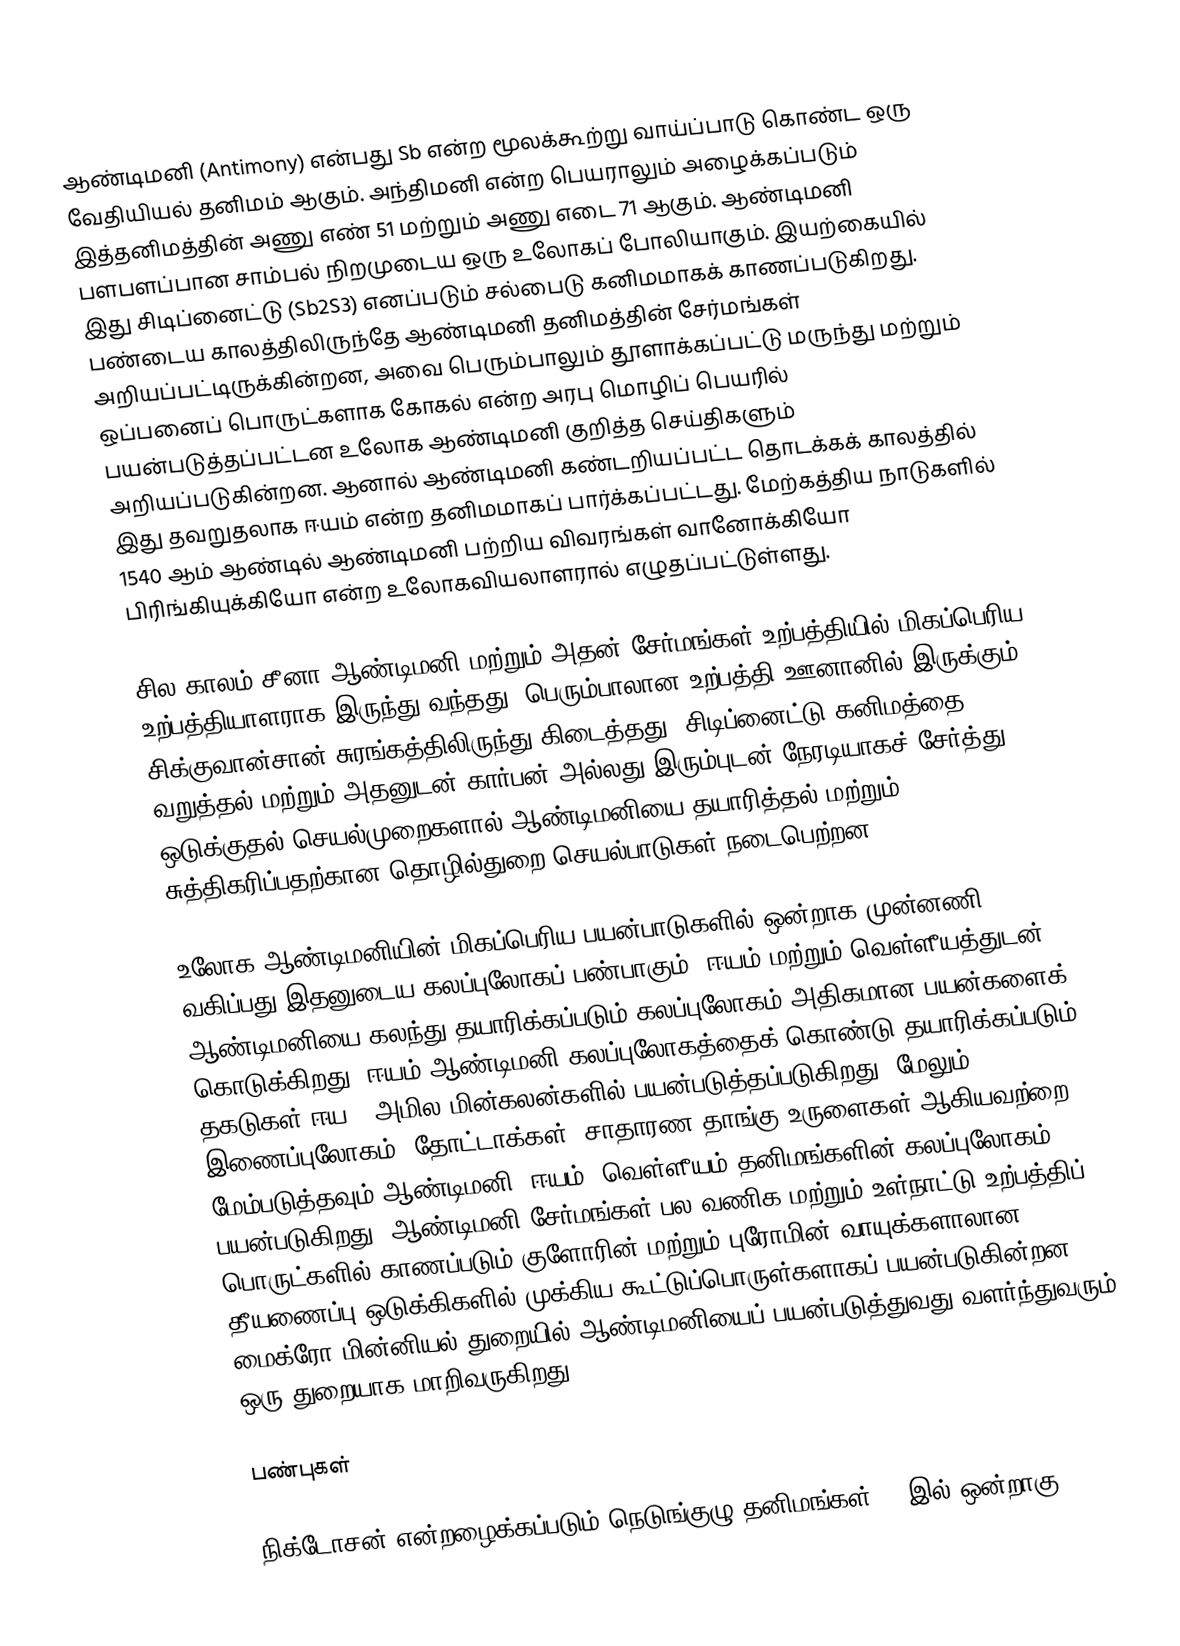
ஆண்டிமனி (Antimony) என்பது Sb என்ற மூலக்கூற்று வாய்ப்பாடு கொண்ட ஒரு வேதியியல் தனிமம் ஆகும். அந்திமனி என்ற பெயராலும் அழைக்கப்படும் இத்தனிமத்தின் அணு எண் 51 மற்றும் அணு எடை 71 ஆகும். ஆண்டிமனி பளபளப்பான சாம்பல் நிறமுடைய ஒரு உலோகப் போலியாகும். இயற்கையில் இது சிடிப்னைட்டு (Sb2S3) எனப்படும் சல்பைடு கனிமமாகக் காணப்படுகிறது. பண்டைய காலத்திலிருந்தே ஆண்டிமனி தனிமத்தின் சேர்மங்கள் அறியப்பட்டிருக்கின்றன, அவை பெரும்பாலும் தூளாக்கப்பட்டு மருந்து மற்றும் ஒப்பனைப் பொருட்களாக கோகல் என்ற அரபு மொழிப் பெயரில்  பயன்படுத்தப்பட்டன  உலோக ஆண்டிமனி குறித்த செய்திகளும் அறியப்படுகின்றன. ஆனால் ஆண்டிமனி கண்டறியப்பட்ட தொடக்கக் காலத்தில் இது தவறுதலாக ஈயம் என்ற தனிமமாகப் பார்க்கப்பட்டது. மேற்கத்திய நாடுகளில் 1540 ஆம் ஆண்டில் ஆண்டிமனி பற்றிய விவரங்கள் வானோக்கியோ பிரிங்கியுக்கியோ என்ற உலோகவியலாளரால் எழுதப்பட்டுள்ளது.

சில காலம் சீனா ஆண்டிமனி மற்றும் அதன் சேர்மங்கள் உற்பத்தியில் மிகப்பெரிய உற்பத்தியாளராக இருந்து வந்தது. பெரும்பாலான உற்பத்தி ஊனானில்  இருக்கும் சிக்குவான்சான் சுரங்கத்திலிருந்து கிடைத்தது. சிடிப்னைட்டு கனிமத்தை வறுத்தல்  மற்றும் அதனுடன் கார்பன் அல்லது இரும்புடன் நேரடியாகச் சேர்த்து ஒடுக்குதல் செயல்முறைகளால் ஆண்டிமனியை தயாரித்தல் மற்றும் சுத்திகரிப்பதற்கான தொழில்துறை செயல்பாடுகள் நடைபெற்றன.

உலோக ஆண்டிமனியின் மிகப்பெரிய பயன்பாடுகளில் ஒன்றாக முன்னணி வகிப்பது இதனுடைய கலப்புலோகப் பண்பாகும். ஈயம் மற்றும் வெள்ளீயத்துடன் ஆண்டிமனியை கலந்து தயாரிக்கப்படும் கலப்புலோகம் அதிகமான பயன்களைக் கொடுக்கிறது. ஈயம்-ஆண்டிமனி கலப்புலோகத்தைக் கொண்டு தயாரிக்கப்படும் தகடுகள் ஈய – அமில மின்கலன்களில் பயன்படுத்தப்படுகிறது. மேலும்,  இணைப்புலோகம், தோட்டாக்கள், சாதாரண தாங்கு உருளைகள் ஆகியவற்றை மேம்படுத்தவும் ஆண்டிமனி, ஈயம், வெள்ளீயம் தனிமங்களின் கலப்புலோகம் பயன்படுகிறது. ஆண்டிமனி சேர்மங்கள் பல வணிக மற்றும் உள்நாட்டு உற்பத்திப் பொருட்களில் காணப்படும் குளோரின் மற்றும் புரோமின் வாயுக்களாலான தீயணைப்பு ஒடுக்கிகளில் முக்கிய கூட்டுப்பொருள்களாகப் பயன்படுகின்றன. மைக்ரோ மின்னியல் துறையில் ஆண்டிமனியைப் பயன்படுத்துவது வளர்ந்துவரும் ஒரு துறையாக மாறிவருகிறது.

பண்புகள்

நிக்டோசன் என்றழைக்கப்படும் நெடுங்குழு தனிமங்கள் 15 இல் ஒன்றாகு